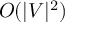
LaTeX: O ( | V | ^ { 2 } )